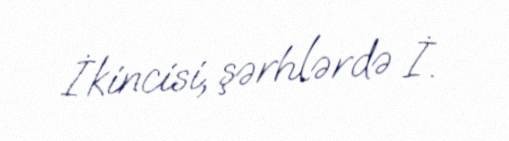
İkincisi, şərhlərdə İ.